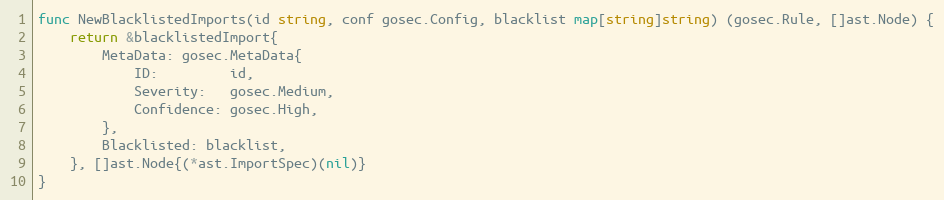
Language: Go
func NewBlacklistedImports(id string, conf gosec.Config, blacklist map[string]string) (gosec.Rule, []ast.Node) {
	return &blacklistedImport{
		MetaData: gosec.MetaData{
			ID:         id,
			Severity:   gosec.Medium,
			Confidence: gosec.High,
		},
		Blacklisted: blacklist,
	}, []ast.Node{(*ast.ImportSpec)(nil)}
}